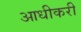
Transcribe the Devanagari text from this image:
आधीकरी